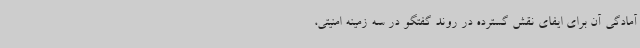
آمادگی آن برای ایفای نقش گسترده در روند گفتگو در سه زمینه امنیتی،